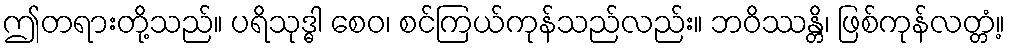
ဤတရားတို့သည်။ ပရိသုဒ္ဓါ စေဝ၊ စင်ကြယ်ကုန်သည်လည်း။ ဘဝိဿန္တိ၊ ဖြစ်ကုန်လတ္တံ့။